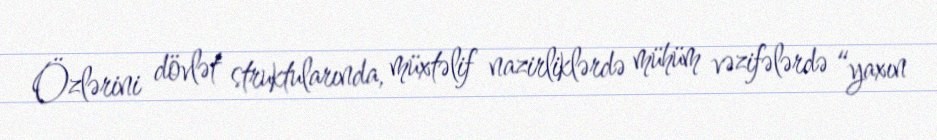
Özlərini dövlət struktularında, müxtəlif nazirliklərdə mühüm vəzifələrdə “yaxın